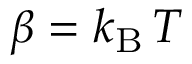
\beta = k _ { \mathrm { B } } \, T